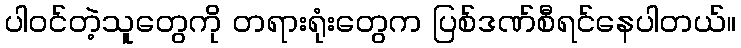
ပါဝင်တဲ့သူတွေကို တရားရုံးတွေက ပြစ်ဒဏ်စီရင်နေပါတယ်။